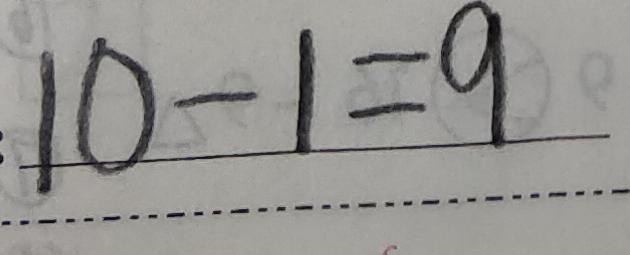
1 0 - 1 = 9